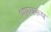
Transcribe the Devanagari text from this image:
भाष्यरूप